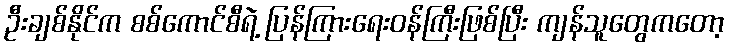
ဦးချစ်နိုင်က စစ်ကောင်စီရဲ့ ပြန်ကြားရေးဝန်ကြီးဖြစ်ပြီး ကျန်သူတွေကတော့